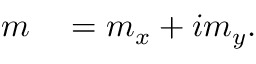
\begin{array} { r l } { m } & { { } = m _ { x } + i m _ { y } . } \end{array}